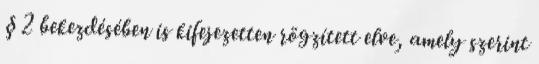
§ 2 bekezdésében is kifejezetten rögzített elve, amely szerint